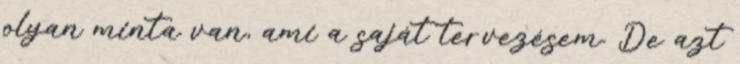
olyan minta van, ami a saját tervezésem. De azt